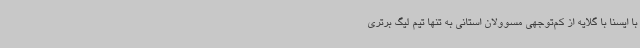
با ایسنا با گلایه از کم‌توجهی مسوولان استانی به تنها تیم لیگ برتری